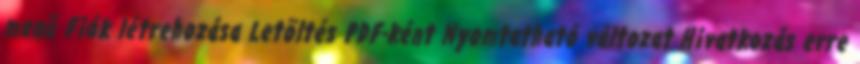
menü Fiók létrehozása Letöltés PDF-ként Nyomtatható változat Hivatkozás erre